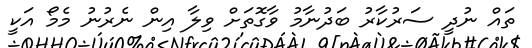
ތައް ނުދީ ސަރުކާރު ބަދުނާމު ވާގޮތަށް ވިލާ އިން ނެރުނު މެމޯ އަކީ